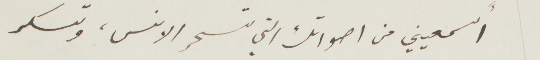
اسمعيني من أصواتك التي تسحر الونس، وتسكر